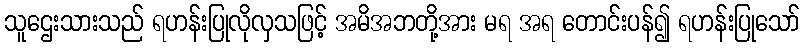
သူဌေးသားသည် ရဟန်းပြုလိုလှသဖြင့် အမိအဘတို့အား မရ အရ တောင်းပန်၍ ရဟန်းပြုသော်